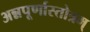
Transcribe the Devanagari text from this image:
अन्नपूर्णास्तोत्रम्